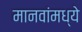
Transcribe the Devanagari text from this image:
मानवांमध्ये